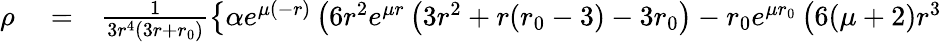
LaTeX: \begin{array}{rlr}{\rho}&{{}=}&{\frac{1}{3r^{4}(3r+{r_{0}})}\left\lbrace\alpha e^{\mu(-r)}\left(6r^{2}e^{\mu r}\left(3r^{2}+r({r_{0}}-3)-3{r_{0}}\right)-{r_{0}}e^{\mu{r_{0}}}\left(6(\mu+2)r^{3}\right.\right.\right.}\end{array}